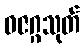
ဓဇဂ္ဂသုတ်